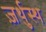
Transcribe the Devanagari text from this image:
ज़र्थुस्थ